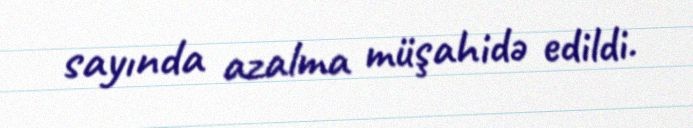
sayında azalma müşahidə edildi.